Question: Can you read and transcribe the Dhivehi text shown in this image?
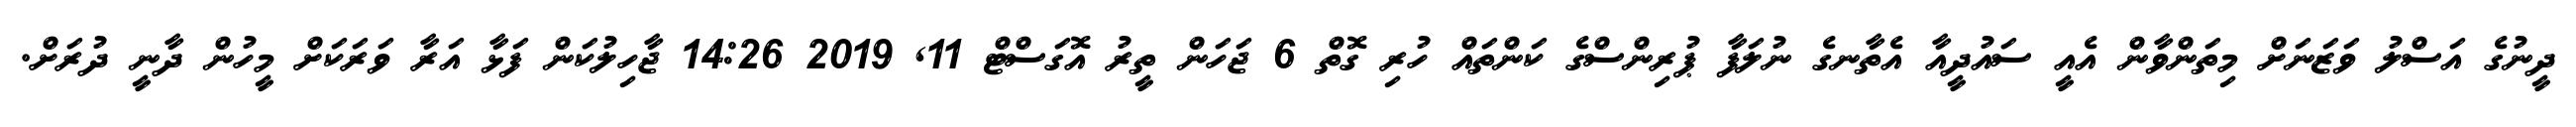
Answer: ދީނުގެ އަސްލު ވަޒަނަށް މިތަންވާން އެއީ ސައުދީއާ އެތާނގެ ނުލަފާ ޕުރިންސްގެ ކަންތައް ހުރި ގޮތް 6 ޖަހަން ތީރު އޮގަސްޓް 11, 2019 14:26 ޖާހިލުކަން ފަޅާ އަރާ ވަރަކަށް މީހުން ދާނީ ދުރަށް.